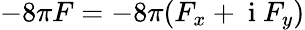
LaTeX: -8\pi F=-8\pi(F_{x}+\mathrm{~i~}F_{y})